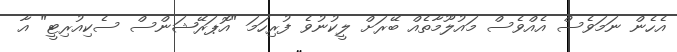
އެހެން ނަމަވެސް އެއްވެސް މައުލޫމާތެއް ބޭރަށް ލީކުނުވެ ފުރިހަމަ "އޮޕަރޭޝަންސް ސެކިއުރިޓީ" އާ